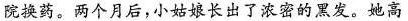
院换药。两个月后，小姑娘长出了浓密的黑发。她高